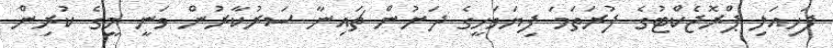
ފަހިއަލި ޕްރޮޖެކްޓުގެ ފުރަތަމަ ފިޔަވަހީގެ ދަށުން ޗައިނާ ސަރުކާރުން ވަނީ މީގެ ކުރިން